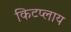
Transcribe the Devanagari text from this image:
किटप्लाय